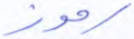
رموز